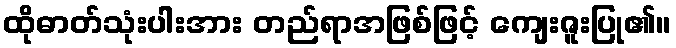
ထိုဓာတ်သုံးပါးအား တည်ရာအဖြစ်ဖြင့် ကျေးဇူးပြု၏။